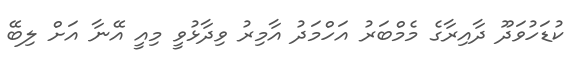
ކުޑަހުވަދޫ ދާއިރާގެ މެމްބަރު އަހްމަދު އާމިރު ވިދާޅުވީ މިއީ އޭނާ އަށް ލިބޭ